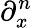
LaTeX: {\partial_{x}^{n}}{}